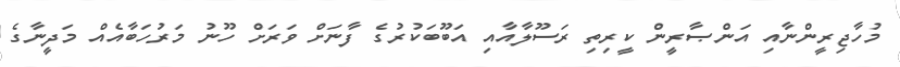
މުހާޖިރީންނާއި އަންޞާރީން ކީރިތި ރަސޫލާއާއި އަބޫބަކުރުގެ ފާނަށް ވަރަށް ހޫނު މަރުހަބާއެއް މަދީނާގެ